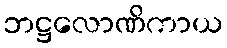
ဘဋ္ဌလောဏိကာယ